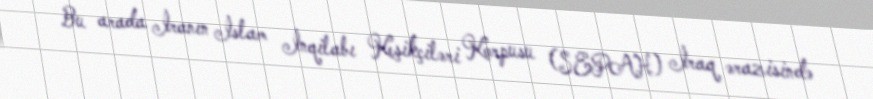
Bu arada İranın İslam İnqilabı Keşikçiləri Korpusu (SEPAH) İraq ərazisində